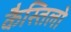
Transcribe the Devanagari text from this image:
कैस्तिलो